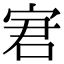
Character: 宭